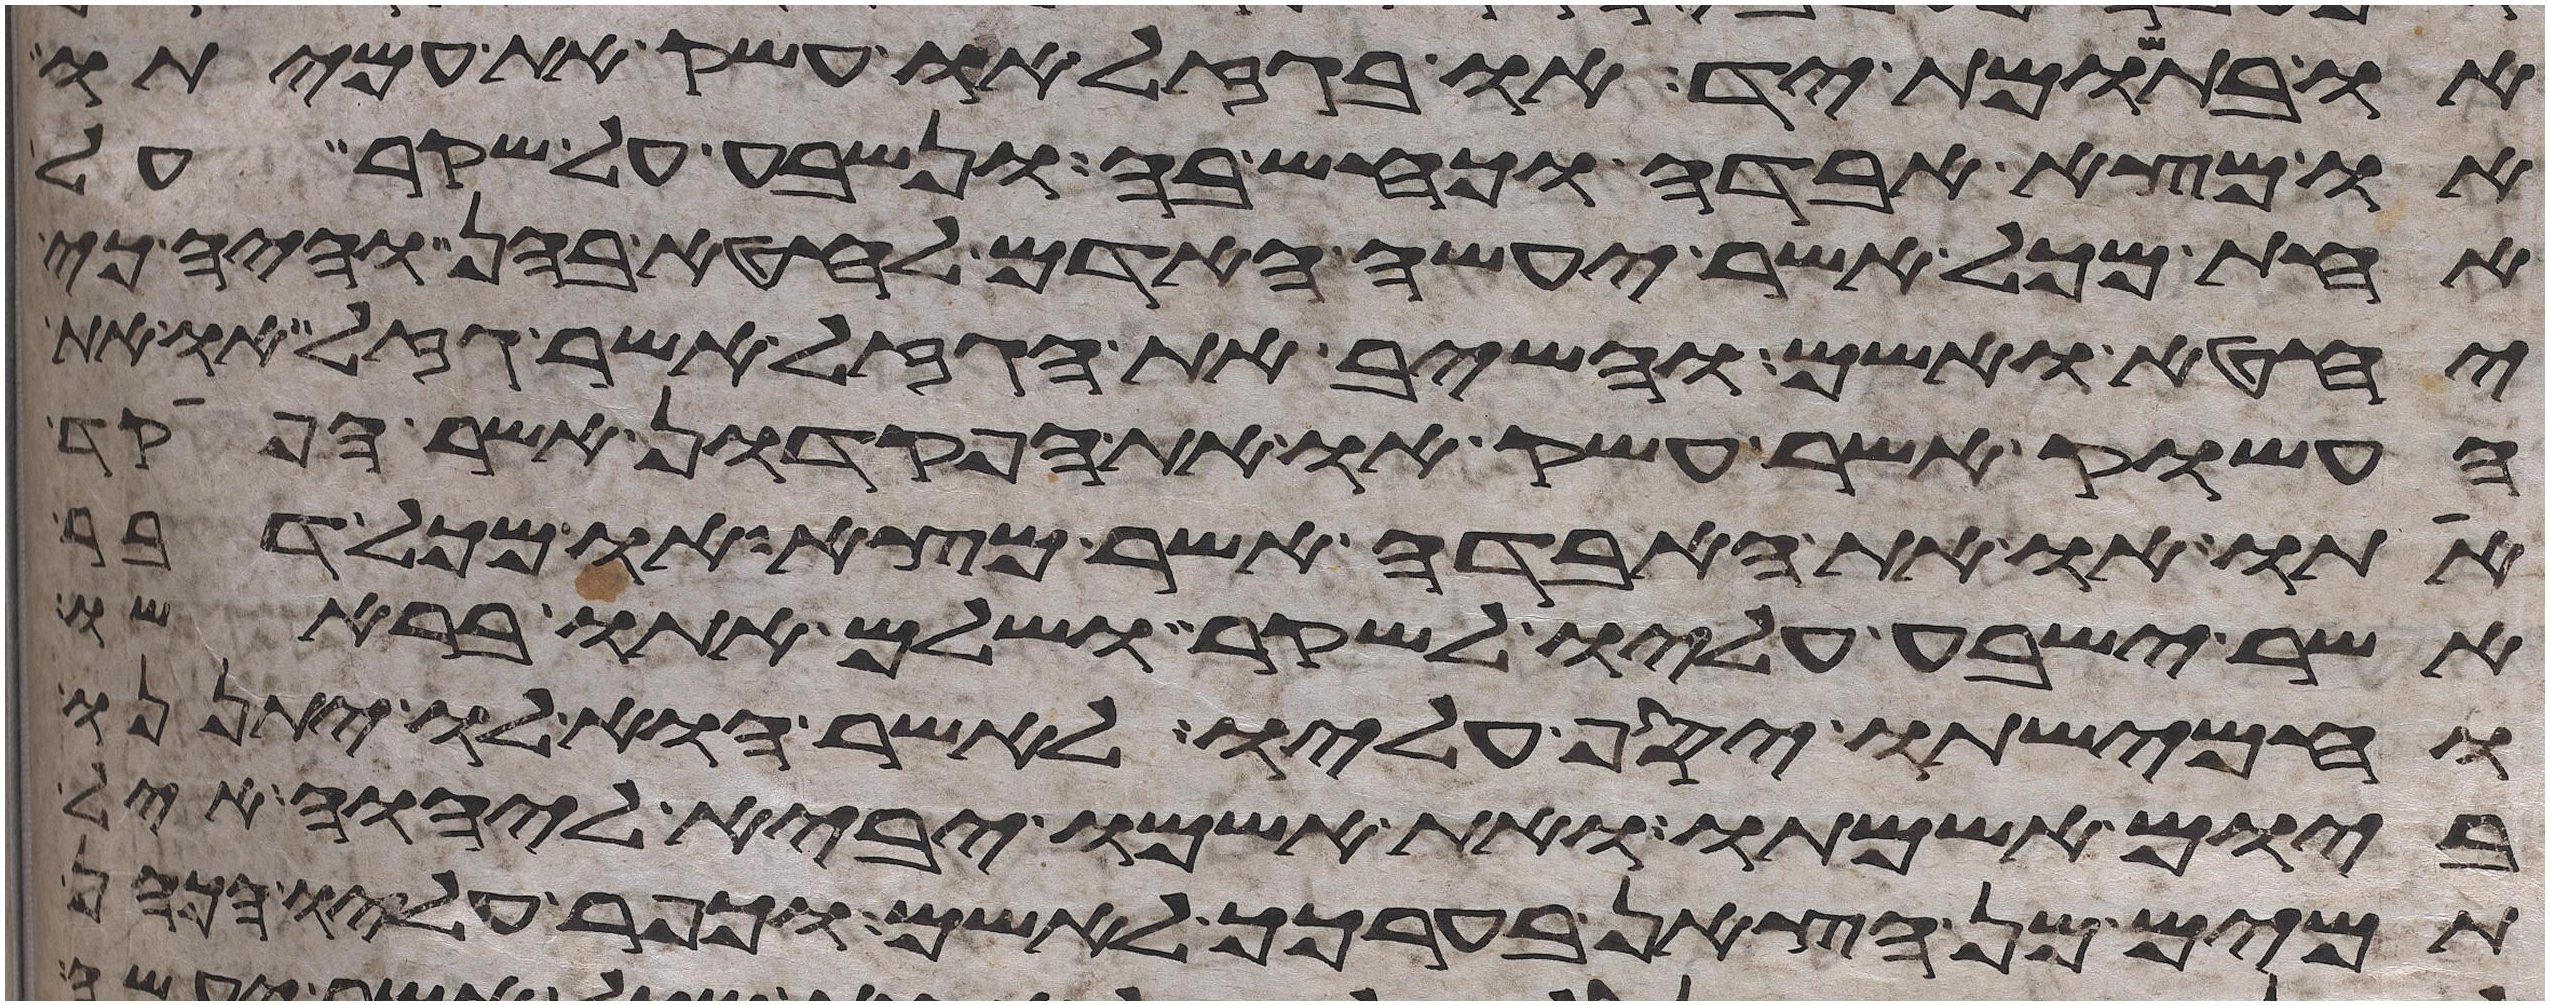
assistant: או בתשומת יד או בגזל או עשק את עמיתו
או מצא אבדה וכחש בה ונשבע על שקר על
אחת מכל אשר יעשה האדם לחטא בהן והיה כי
יחטא ואשם והשיב את הגזל אשר גזל או את
העשוק אשר עשק או את הפקדון אשר הפקד
אתו או את האבדה אשר מצא או מכל דבר
אשר ישבע עליו לשקר ושלם אתו בראשו
וחמישתו יסף עליו לאשר הוא לו יתננו
ביום אשמתו ואת אשמו יביא ליהוה איל
תמים מן הצאן בערכך לאשם וכפר עליו הכהן